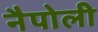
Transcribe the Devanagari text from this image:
नैपोली